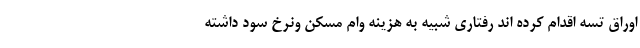
اوراق تسه اقدام کرده اند رفتاری شبیه به هزینه وام مسکن ونرخ سود داشته